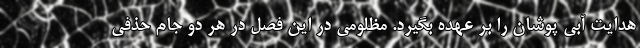
هدایت آبی پوشان را بر عهده بگیرد. مظلومی در این فصل در هر دو جام حذفی